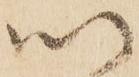
以